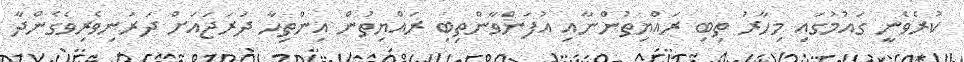
ކުރެވެނީ ގައުމުގައި މިހާރު ތިބި ރައްޔިތުންނާއި އުފަންވާންތިބި ރައްޔިތުން އިންތިހާ ދަރަޖައަށް ދަރަނިވެރިވެގެންދާ